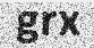
grx